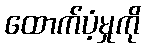
ထောက်ပံ့မှုကို